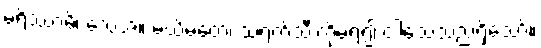
မရိဿာမိ၊ သေအံ့။ မယိမတေ၊ သရက်သီးကိုမရ၍ ငါသေသည်ရှိသော်။